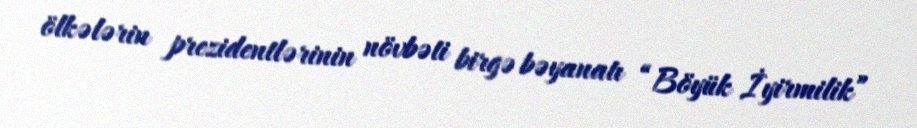
ölkələrin prezidentlərinin növbəti birgə bəyanatı “Böyük İyirmilik”